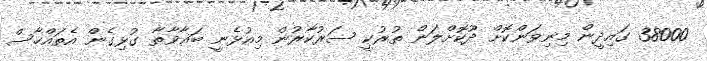
38000 ގައިދީން މިނިވަންކޮށް ދޫކޮށްލަން ތުރުކީ ސަރުކާރުން މިއުޅެނީ ބަޣާވާތާ ގުޅިގެން އެތައްހާސް